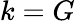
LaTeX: k=G